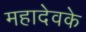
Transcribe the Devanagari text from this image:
महादेवके